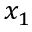
x _ { 1 }